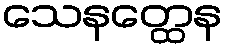
သေနတ္ထေန